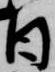
日